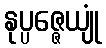
နုပ္ပဇ္ဇေယျုံ